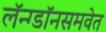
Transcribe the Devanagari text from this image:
लॅन्ग्डॉनसमवेत